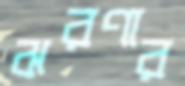
ঝরণার